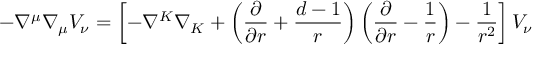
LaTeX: - \nabla ^ { \mu } \nabla _ { \mu } V _ { \nu } = \left[ - \nabla ^ { K } \nabla _ { K } + \left( { \frac { \partial } { \partial r } } + { \frac { d - 1 } { r } } \right) \left( { \frac { \partial } { \partial r } } - { \frac { 1 } { r } } \right) - { \frac { 1 } { r ^ { 2 } } } \right] V _ { \nu } ~ ~ ~